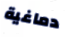
دماغية